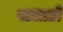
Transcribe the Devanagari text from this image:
सलाडो